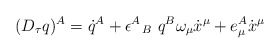
\begin{align*}(D_\tau q)^A = \dot{q}^A + \epsilon^A \!\! {\phantom \epsilon}_B\,\, q^B \omega_\mu \dot{x}^\mu + e^A_\mu \dot{x}^\mu\end{align*}